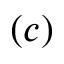
( c )